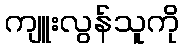
ကျူးလွန်သူကို